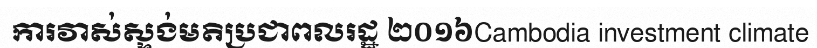
ការវាស់ស្ទង់មតិប្រជាពលរដ្ឋ ២០១៦Cambodia investment climate